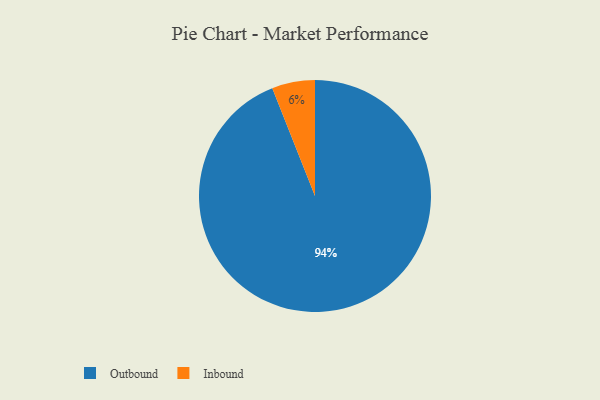
{"axis": {"x": "Category", "y": "Percentage"}, "legend": ["Inbound", "Outbound"], "data": [{"x": "Outbound", "y": 94, "type": "Outbound"}, {"x": "Inbound", "y": 6, "type": "Inbound"}]}